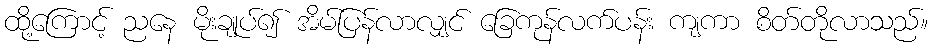
ထို့ကြောင့် ညနေ မိုးချုပ်၍ အိမ်ပြန်လာလျှင် ခြေကုန်လက်ပန်း ကျကာ စိတ်တိုလာသည်။